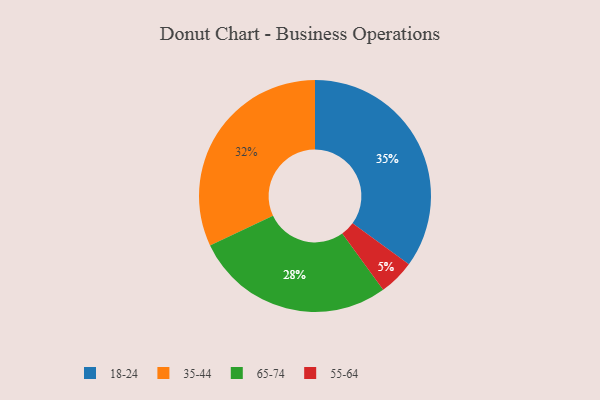
{"axis": {"x": "Category", "y": "Percentage"}, "legend": ["18-24", "35-44", "55-64", "65-74"], "data": [{"x": "65-74", "y": 28, "type": "65-74"}, {"x": "55-64", "y": 5, "type": "55-64"}, {"x": "18-24", "y": 35, "type": "18-24"}, {"x": "35-44", "y": 32, "type": "35-44"}]}